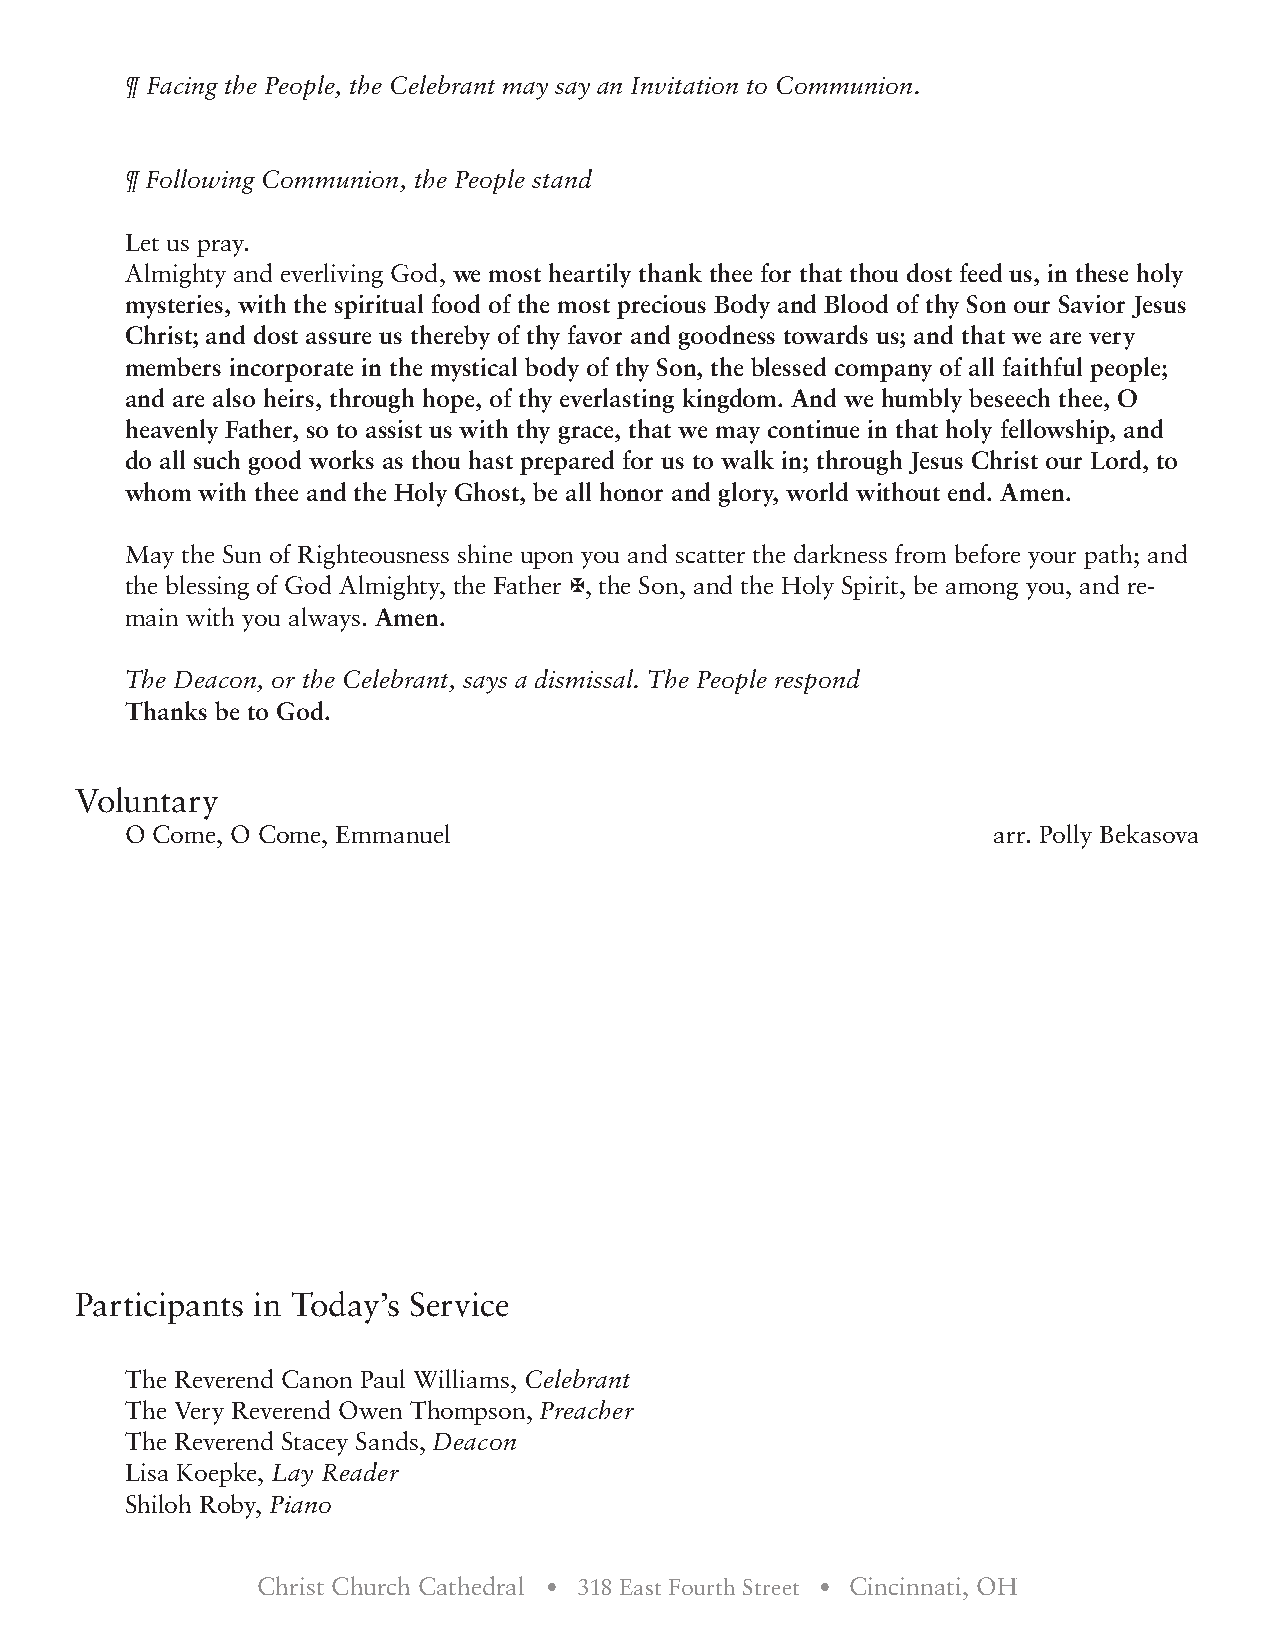
¶ Facing the People, the Celebrant may say an Invitation to Communion.
 ¶ Following Communion, the People stand
 Let us pray.
 Almighty and everliving God, we most heartily thank thee for that thou dost feed us, in these holy
 mysteries, with the spiritual food of the most precious Body and Blood of thy Son our Savior Jesus
 Christ; and dost assure us thereby of thy favor and goodness towards us; and that we are very
 members incorporate in the mystical body of thy Son, the blessed company of all faithful people;
 and are also heirs, through hope, of thy everlasting kingdom. And we humbly beseech thee, O
 heavenly Father, so to assist us with thy grace, that we may continue in that holy fellowship, and
 do all such good works as thou hast prepared for us to walk in; through Jesus Christ our Lord, to
 whom with thee and the Holy Ghost, be all honor and glory, world without end. Amen.
 May the Sun of Righteousness shine upon you and scatter the darkness from before your path; and
 the blessing of God Almighty, the Father X, the Son, and the Holy Spirit, be among you, and re-
 main with you always. Amen.
 The Deacon, or the Celebrant, says a dismissal. The People respond
 Thanks be to God.
 Voluntary
 O Come, O Come, Emmanuel                                  arr. Polly Bekasova
 Participants in Today’s Service
 The Reverend Canon Paul Williams, Celebrant
 The Very Reverend Owen Thompson, Preacher
 The Reverend Stacey Sands, Deacon
 Lisa Koepke, Lay Reader
 Shiloh Roby, Piano
 Christ Church Cathedral • 318 East Fourth Street • Cincinnati, OH